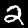
Digit: 2